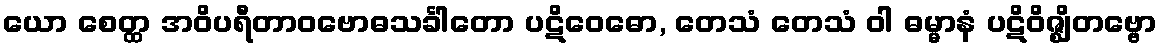
ယော စေတ္ထ အဝိပရီတာဝဗောဓသင်္ခါတော ပဋိဝေဓော, တေသံ တေသံ ဝါ ဓမ္မာနံ ပဋိဝိဇ္ဈိတဗ္ဗော